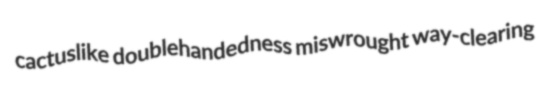
cactuslike doublehandedness miswrought way-clearing